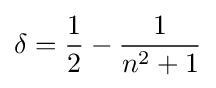
\delta ={\frac {1}{2}}-{\frac {1}{n^{2}+1}}